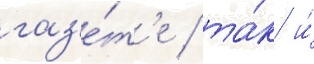
газ'е́т'е / та́к и́